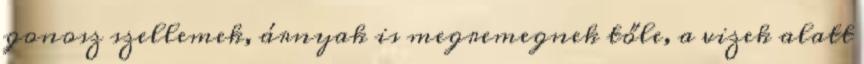
gonosz szellemek, árnyak is megremegnek tőle, a vizek alatt